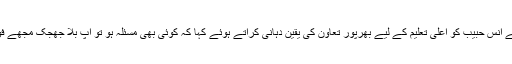
وزیراعلیٰ سندھ نے انس حبیب کو اعلیٰ تعلیم کے لیے بھرپور تعاون کی یقین دہانی کراتے ہوئے کہا کہ کوئی بھی مسئلہ ہو تو آپ بلا جھجک مجھے فون کر سکتے ہیں۔